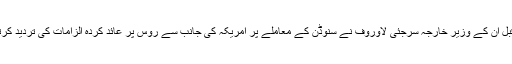
صدر پیوٹن کی پریس کانفرنس سے قبل ان کے وزیرِ خارجہ سرجئی لاوروف نے سنوڈن کے معاملے پر امریکہ کی جانب سے روس پر عائد کردہ الزامات کی تردید کرتے ہوئے سخت ردِ عمل ظاہر کیا تھا۔